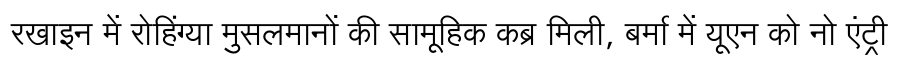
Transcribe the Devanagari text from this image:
रखाइन में रोहिंग्या मुसलमानों की सामूहिक कब्र मिली, बर्मा में यूएन को नो एंट्री